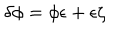
\delta \phi = \phi \epsilon + \epsilon \zeta